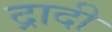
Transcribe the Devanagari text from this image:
द्रादी